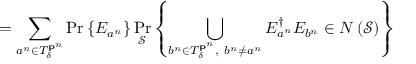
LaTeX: = \sum _ { a ^ { n } \in T _ { \delta } ^ { \mathbf { p } ^ { n } } } \operatorname* { P r } \left\{ E _ { a ^ { n } } \right\} \operatorname* { P r } _ { \mathcal { S } } \left\{ \bigcup _ { b ^ { n } \in T _ { \delta } ^ { \mathbf { p } ^ { n } } , \ b ^ { n } \neq a ^ { n } } E _ { a ^ { n } } ^ { \dagger } E _ { b ^ { n } } \in N \left( { \mathcal { S } } \right) \right\}